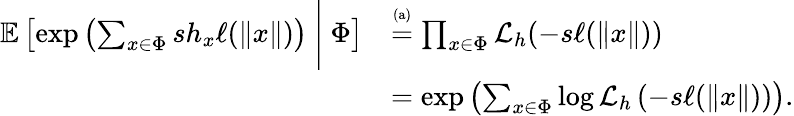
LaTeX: \begin{array}{rl}{\mathbb{E}\left[\exp\left(\sum_{x\in\Phi}sh_{x}\ell(\| x\| )\right)~\Bigg|~\Phi\right]}&{\stackrel{\mathrm{\scriptsize(a)}}{=}\prod_{x\in\Phi}\mathcal{L}_{h}(-s\ell(\| x\| ))}\\ &{=\exp\left(\sum_{x\in\Phi}\log\mathcal{L}_{h}\left(-s\ell(\| x\| )\right)\right).}\end{array}